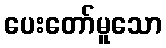
ပေးတော်မူသော